Indian journal of veterinary science and animal husbandry - Volume 9,
Year: 1939
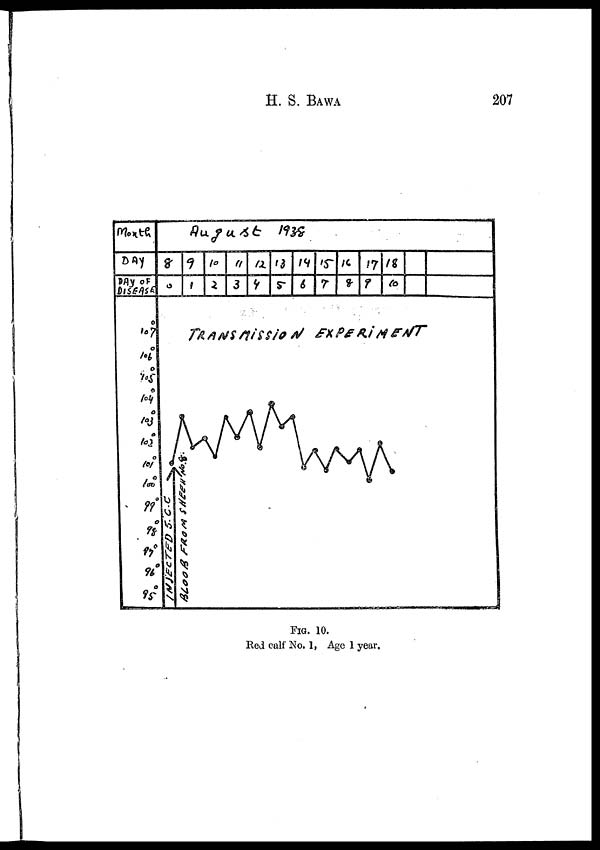
H. S.
BAWA
207
FIG. 10.
Red calf No. 1, Age 1 year.